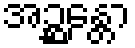
အဉ္ဆန္တော